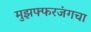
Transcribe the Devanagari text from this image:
मुझफ्फरजंगचा